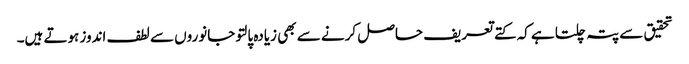
تحقیق سے پتہ چلتا ہے کہ کتے تعریف حاصل کرنے سے بھی زیادہ پالتو جانوروں سے لطف اندوز ہوتے ہیں۔